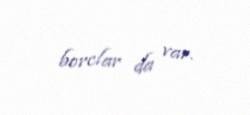
borclar da var.